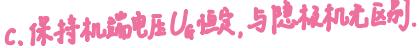
c. 保持机端电压$U_g$恒定, 与隐极机无区别.